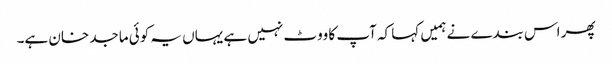
پھر اس بندے نے ہمیں کہا کہ آپ کا ووٹ نہیں ہے یہاں یہ کوئی ماجد خان ہے۔